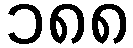
၁၈၈